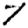
Digit: 7